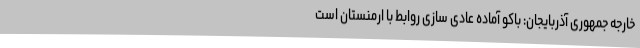
خارجه جمهوری آذربایجان: باکو آماده عادی سازی روابط با ارمنستان است